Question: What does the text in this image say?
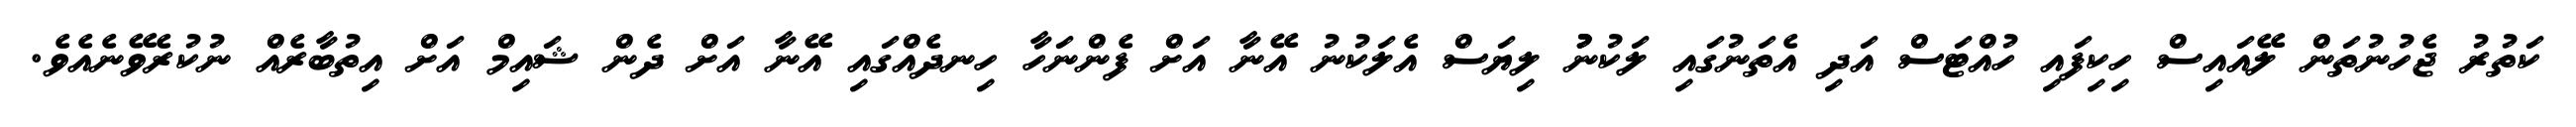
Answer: ކަތުރު ޖެހުނުތަން ލޭއައިސް ހިކިފައި ހުއްޓަސް އަދި އެތަނުގައި ލަކުނުުު ލިޔަސް އެލަކުނު އޭނާ އަށް ފެންނަހާ ހިނދެއްގައި އޭނާ އަށް ދެން ޝައިމް އަށް އިތުބާރެއް ނުކުރެވޭނެއެވެ.